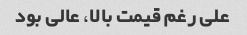
علی رغم قیمت بالا، عالی بود